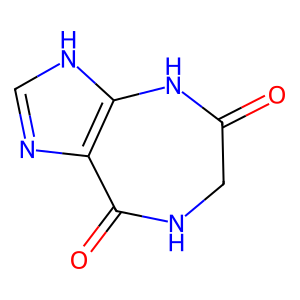
SMILES: O=C1CNC(=O)c2nc[nH]c2N1
Inhibits HIV replication: No